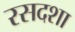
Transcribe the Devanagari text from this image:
रसदशा